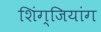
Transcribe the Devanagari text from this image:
शिंग्जियांग